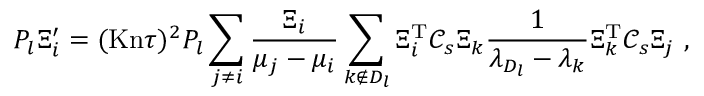
P _ { l } \Xi _ { i } ^ { \prime } = ( \ensuremath { \mathrm { K n } } \tau ) ^ { 2 } P _ { l } \sum _ { j \neq i } \frac { \Xi _ { i } } { \mu _ { j } - \mu _ { i } } \sum _ { k \notin D _ { l } } \Xi _ { i } ^ { \mathrm { T } } \mathcal C _ { s } \Xi _ { k } \frac { 1 } { \lambda _ { D _ { l } } - \lambda _ { k } } \Xi _ { k } ^ { \mathrm { T } } \mathcal C _ { s } \Xi _ { j } \ ,